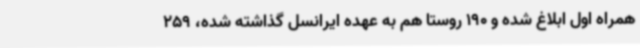
همراه اول ابلاغ شده و 190 روستا هم به عهده ایرانسل گذاشته شده، 259